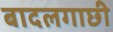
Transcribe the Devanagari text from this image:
बादलगाछी